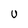
Character: u